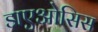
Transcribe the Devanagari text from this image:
डाएओसिस